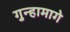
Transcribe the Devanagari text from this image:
गुन्हामागे